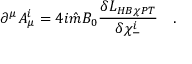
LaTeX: \partial ^ { \mu } A _ { \mu } ^ { i } = 4 i { \hat { m } } B _ { 0 } { \frac { \delta { \cal L } _ { H B \chi P T } } { \delta \chi _ { - } ^ { i } } } \ \ \ .